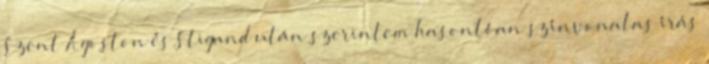
Szent Ágoston és Stigand után szerintem hasonlóan színvonalas írás